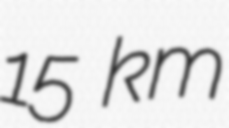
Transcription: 15 km